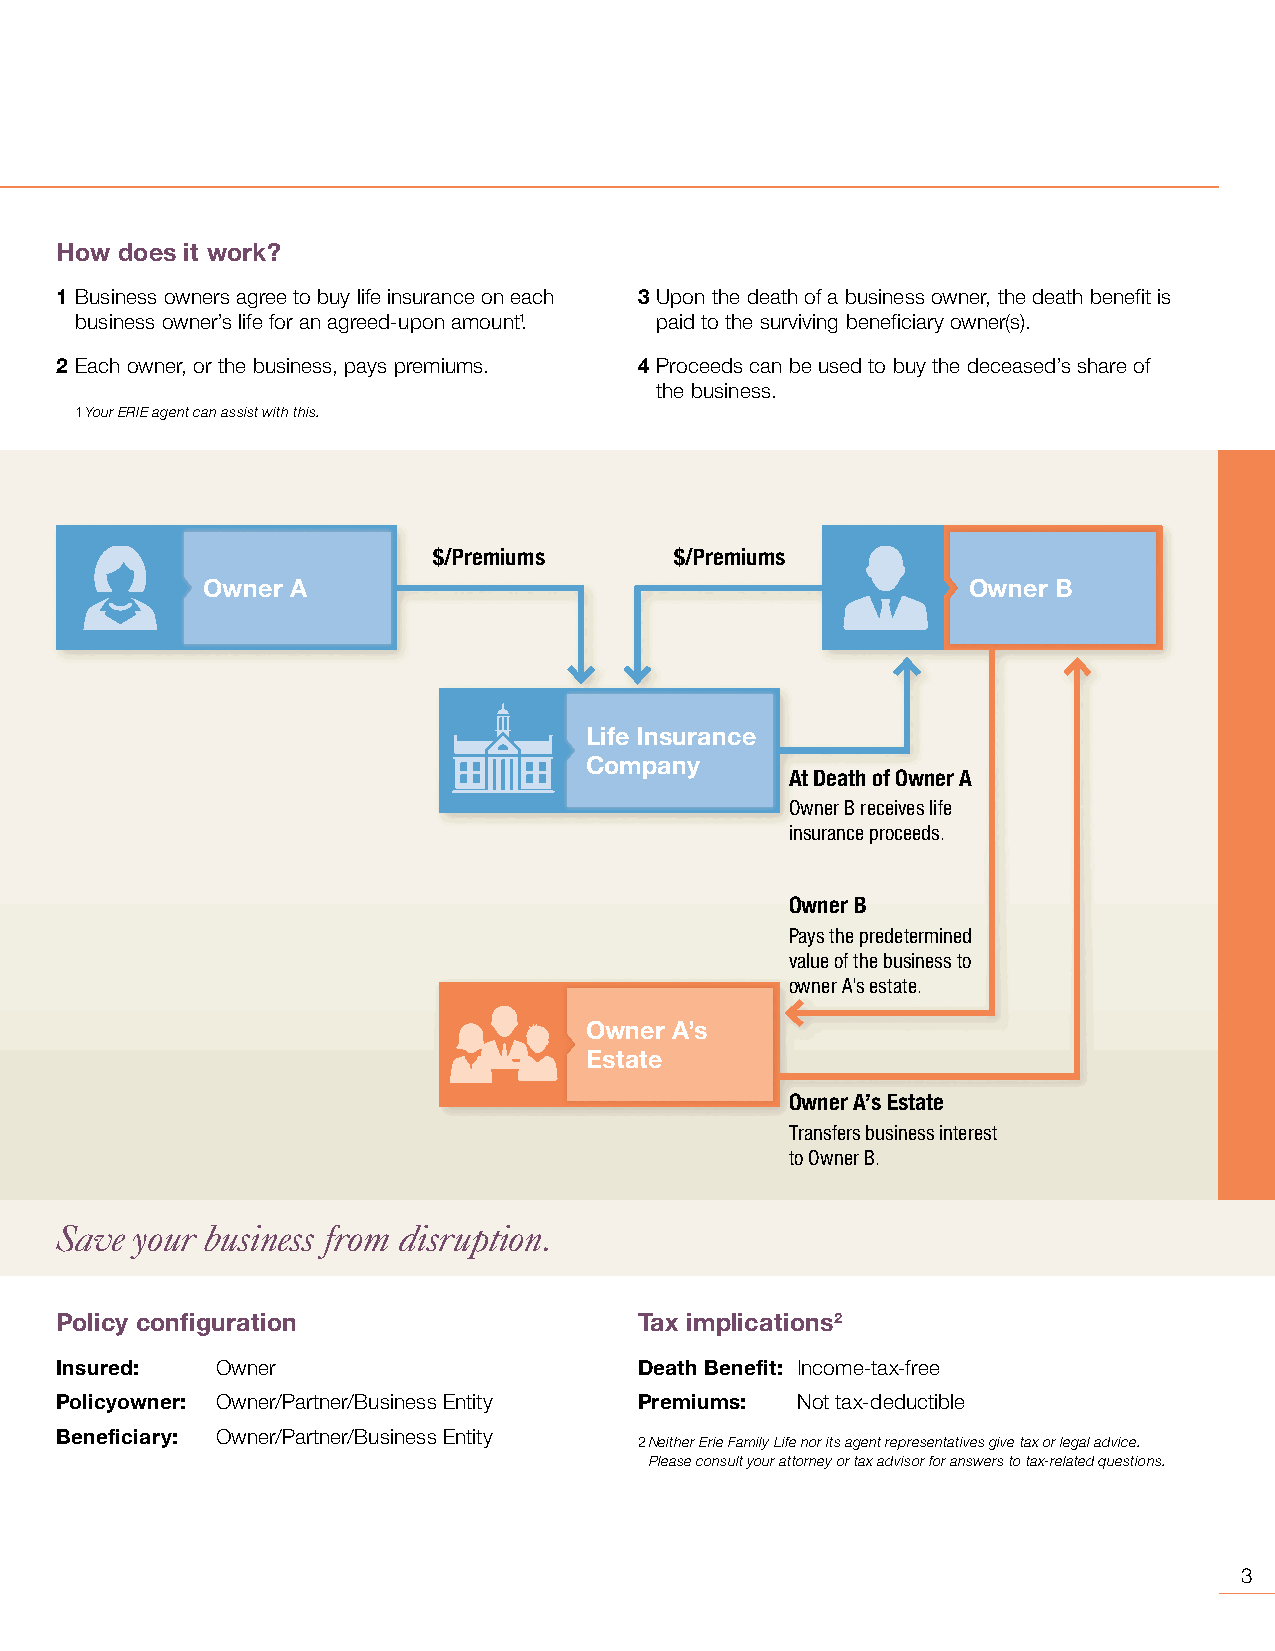
How does it work?
 1 Business owners agree to buy life insurance on each 3 Upon the death of a business owner, the death benefit is
 business owner’s life for an agreed-upon amount1. paid to the surviving beneficiary owner(s).
 2 Each owner, or the business, pays premiums. 4 Proceeds can be used to buy the deceased’s share of
 the business.
 1 Your ERIE agent can assist with this.
 $/Premiums      $/Premiums
 Owner A                                            Owner B
 Life Insurance
 Company
 At Death of Owner A
 Owner B receives life
 insurance proceeds.
 Owner B
 Pays the predetermined
 value of the business to
 owner A’s estate.
 Owner A’s
 Estate
 Owner A’s Estate
 Transfers business interest
 to Owner B.
 Save your business from disruption.
 Policy configuration                  Tax implications2
 Insured:  Owner                       Death Benefit: Income-tax-free
 Policyowner: Owner/Partner/Business Entity Premiums: Not tax-deductible
 Beneficiary: Owner/Partner/Business Entity
 2 Neither Erie Family Life nor its agent representatives give tax or legal advice.
 Please consult your attorney or tax advisor for answers to tax-related questions.
 3